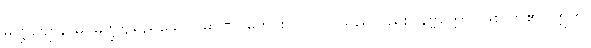
မဏ္ဍဗျောနာမ၊ မဏ္ဍဗျမည်သော။ မာဏဝကောစ၊ လုလင်သည်လည်း။ နိဗ္ဗတ္တော၊ ဖြစ်လာ၏။ ဣတိ၊